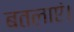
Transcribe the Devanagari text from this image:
बतलाएं।